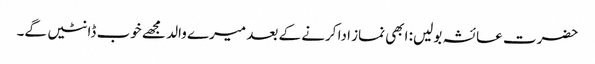
حضرت عائشہ بولیں: ابھی نماز ادا کرنے کے بعد میرے والد مجھے خوب ڈانٹیں گے۔